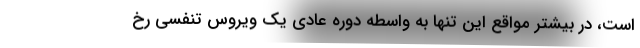
است، در بیشتر مواقع این تنها به واسطه دوره عادی یک ویروس تنفسی رخ